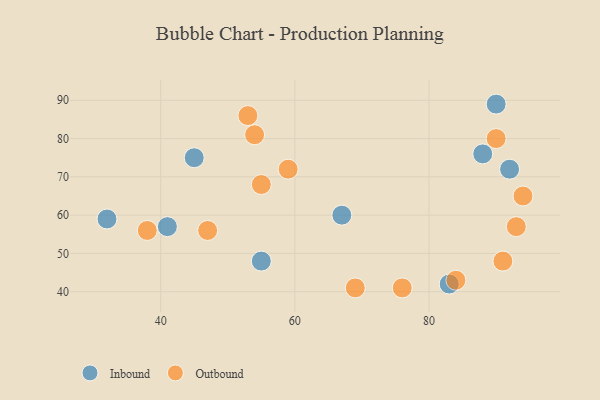
{"axis": {"x": "GDP", "y": "Life Expectancy"}, "legend": ["Inbound", "Outbound"], "data": [{"x": "55", "y": 48, "type": "Inbound"}, {"x": "83", "y": 42, "type": "Inbound"}, {"x": "32", "y": 59, "type": "Inbound"}, {"x": "67", "y": 60, "type": "Inbound"}, {"x": "88", "y": 76, "type": "Inbound"}, {"x": "45", "y": 75, "type": "Inbound"}, {"x": "41", "y": 57, "type": "Inbound"}, {"x": "92", "y": 72, "type": "Inbound"}, {"x": "90", "y": 89, "type": "Inbound"}, {"x": "90", "y": 80, "type": "Outbound"}, {"x": "54", "y": 81, "type": "Outbound"}, {"x": "76", "y": 41, "type": "Outbound"}, {"x": "55", "y": 68, "type": "Outbound"}, {"x": "91", "y": 48, "type": "Outbound"}, {"x": "69", "y": 41, "type": "Outbound"}, {"x": "93", "y": 57, "type": "Outbound"}, {"x": "59", "y": 72, "type": "Outbound"}, {"x": "53", "y": 86, "type": "Outbound"}, {"x": "84", "y": 43, "type": "Outbound"}, {"x": "94", "y": 65, "type": "Outbound"}, {"x": "38", "y": 56, "type": "Outbound"}, {"x": "47", "y": 56, "type": "Outbound"}]}